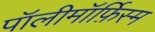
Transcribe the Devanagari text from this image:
पॉलीमॉर्फ़िस्म